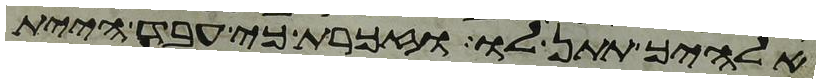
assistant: אלהיך תתן לו וזכרת כי עבד היית